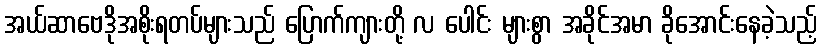
အယ်ဆာဗေဒိုအစိုးရတပ်များသည် ပြောက်ကျားတို့ လ ပေါင်း များစွာ အခိုင်အမာ ခိုအောင်းနေခဲ့သည့်